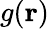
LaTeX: g(\mathbf{r})